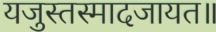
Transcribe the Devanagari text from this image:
यजुस्तस्मादजायत॥